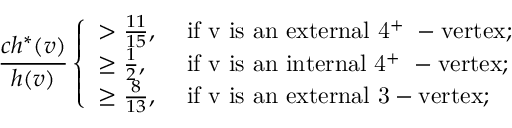
\frac { c h ^ { * } ( v ) } { h ( v ) } \left\{ \begin{array} { l l } { > \frac { 1 1 } { 1 5 } , } & { \mathrm { ~ i f ~ v ~ i s ~ a n ~ e x t e r n a l ~ 4 ^ + ~ - v e r t e x } ; } \\ { \geq \frac { 1 } { 2 } , } & { \mathrm { ~ i f ~ v ~ i s ~ a n ~ i n t e r n a l ~ 4 ^ + ~ - v e r t e x } ; } \\ { \geq \frac { 8 } { 1 3 } , } & { \mathrm { ~ i f ~ v ~ i s ~ a n ~ e x t e r n a l ~ 3 - v e r t e x } ; } \end{array} \right.